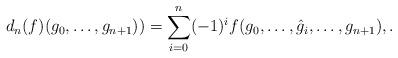
LaTeX: \begin{align*}d_n(f)(g_0, \dots, g_{n+1})) = \sum_{i=0}^n (-1)^i f(g_0, \dots, \hat g_i, \dots, g_{n+1}), .\end{align*}